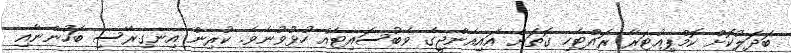
ބަދަލުކޮށް ކޮމްޕިއުޓަރާ ރައްޓެހި ގޮތަށް އައިއެންޖީގެ ވެބުސައިޓެއް ހުޅުވުނެވެ. ކުރިން އިނގިރޭސި ބަހުންނާއި